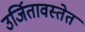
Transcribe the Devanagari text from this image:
उर्जितावस्तेत